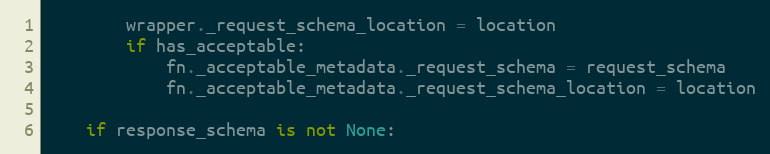
Language: Python
        wrapper._request_schema_location = location
        if has_acceptable:
            fn._acceptable_metadata._request_schema = request_schema
            fn._acceptable_metadata._request_schema_location = location

    if response_schema is not None: